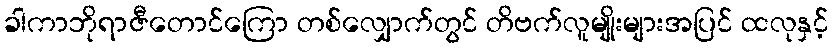
ခါကာဘိုရာဇီတောင်ကြော တစ်လျှောက်တွင် တိဗက်လူမျိုးများအပြင် ထလုနှင့်